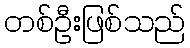
တစ်ဦးဖြစ်သည်